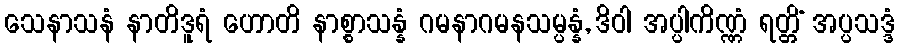
သေနာသနံ နာတိဒူရံ ဟောတိ နာစ္စာသန္နံ ဂမနာဂမနသမ္ပန္နံ, ဒိဝါ အပ္ပါကိဏ္ဏံ ရတ္တိံ အပ္ပသဒ္ဒံ